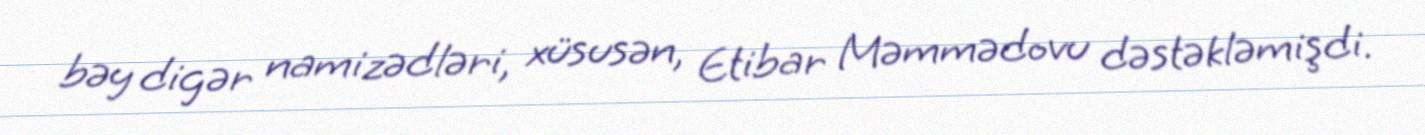
bəy digər namizədləri, xüsusən, Etibar Məmmədovu dəstəkləmişdi.